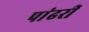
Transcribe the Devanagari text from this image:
पांढरीं